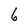
Character: 6